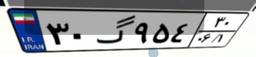
۳۰گ۹۵۴۳۰